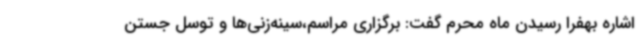
اشاره بهفرا رسیدن ماه محرم گفت: برگزاری مراسم،سینه‌زنی‌ها و توسل جستن